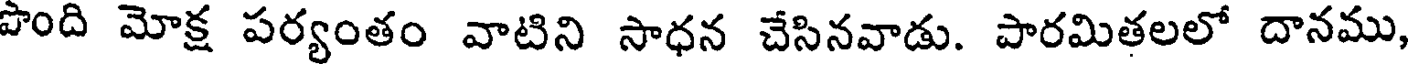
పొంది మోక్ష పర్యంతం వాటిని సాధన చేసినవాడు. పారమితలలో దానము,